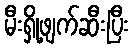
မီးရှို့ဖျက်ဆီးပြီး